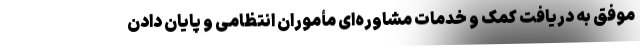
موفق به دریافت کمک و خدمات مشاوره‌ای مأموران انتظامی و پایان دادن